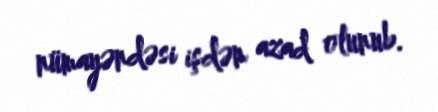
nümayəndəsi işdən azad olunub.